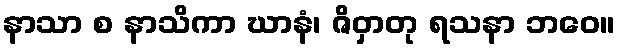
နာသာ စ နာသိကာ ဃာနံ၊ ဇိဝှာတု ရသနာ ဘဝေ။